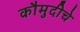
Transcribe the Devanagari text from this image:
कौमुदीचे